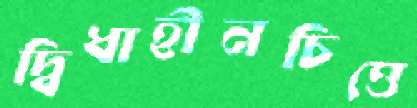
দ্বিধাহীনচিত্তে